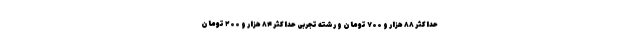
حداکثر ۸۸ هزار و ۷۰۰ تومان و رشته تجربی حداکثر ۸۴ هزار و ۲۰۰ تومان